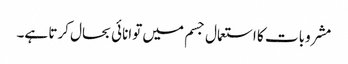
مشروبات کا استعمال جسم میں توانائی بحال کرتا ہے۔